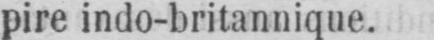
pire indo-britannique.